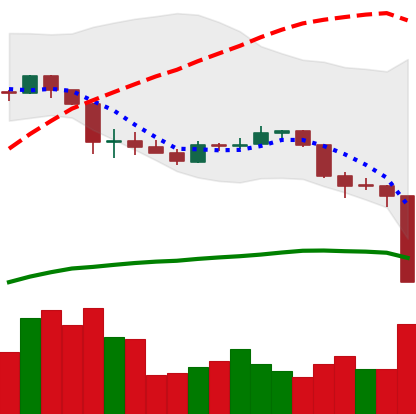
Ticker: ADA-USD
Chart end date: 2020-03-12
Forward return: 5.35%
Label: up_5_7